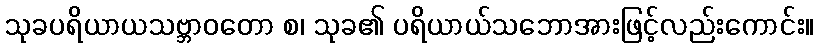
သုခပရိယာယသဗ္ဘာဝတော စ၊ သုခ၏ ပရိယာယ်သဘောအားဖြင့်လည်းကောင်း။